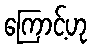
ကြောင့်ဟု